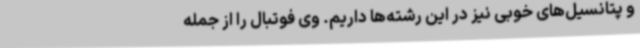
و پتانسیل‌های خوبی نیز در این رشته‌ها داریم. وی فوتبال را از جمله